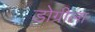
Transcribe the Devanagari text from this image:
डोग्रीला